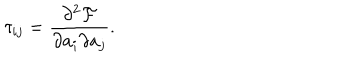
\tau _ { i j } = \frac { \partial ^ { 2 } \mathcal { F } } { \partial a _ { i } \partial a _ { j } } .